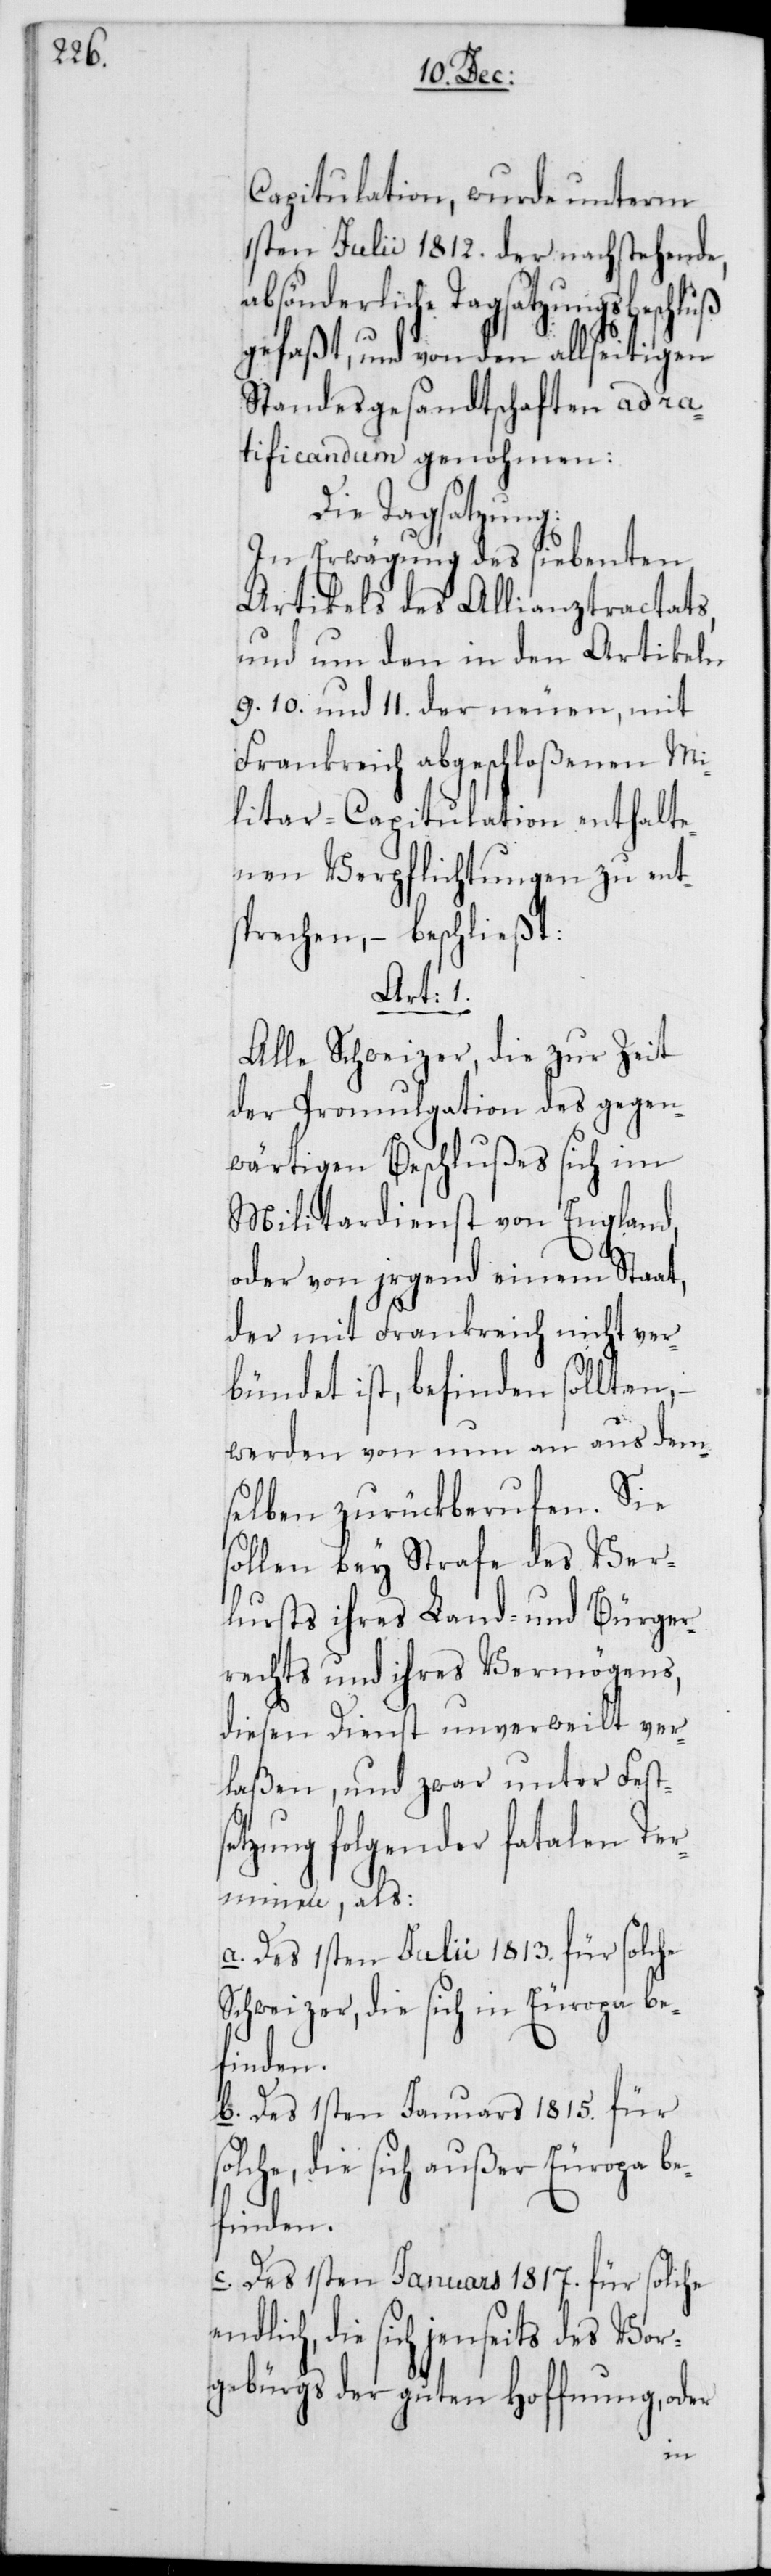
Capitulation, wurde unterm
1sten Julii 1812. der nachstehende,
absönderliche Tagsatzungsbeschluß
gefaßt, und von den allseitigen
Standesgesandtschaften ad ra¬
tificandum genohmen:
Die Tagsatzung:
In Erwägung des siebenten
Artikels des Allianztractats,
und um den in den Artikeln
9., 10. und 11. der neuen, mit
Frankreich abgeschloßenen Mi¬
litar-Capitulation enthalte¬
nen Verpflichtungen zu ent¬
sprechen, – beschließt:
Art: 1.
Alle Schweizer, die zur Zeit
der Promulgation des gegen¬
wärtigen Beschlußes sich im
Militardienst von England
oder von irgend einem Staat,
der mit Frankreich nicht ver¬
bündet ist, befinden sollten, –
werden von nun an aus dem¬
selben zurückberufen. Sie
sollen bey Strafe des Ver¬
lusts ihres Land- und Bürger¬
rechts und ihres Vermögens,
diesen Dienst unverweilt ver¬
laßen, und zwar unter Fests¬
etzung folgender fatalen Ter¬
mine, als:
a. Des 1sten Julii 1813. für solche
Schweizer, die sich in Europa be¬
finden.
b. Des 1sten Januars 1815. für s¬
olche, die sich außer Europa be¬
finden.
c. Des 1sten Januars 1817. für solche
endlich, die sich jenseits des Vor¬
gebürgs der guten Hoffnung, oder